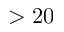
> 2 0